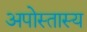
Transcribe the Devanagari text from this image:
अपोस्तास्य